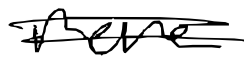
Text: more
Cross-out: double-line
Writing tool: digital_black